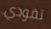
تقودي